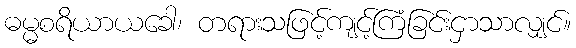
ဓမ္မစရိယာယခေါ၊ တရားသဖြင့်ကျင့်ကြံခြင်းငှာသာလျှင်။